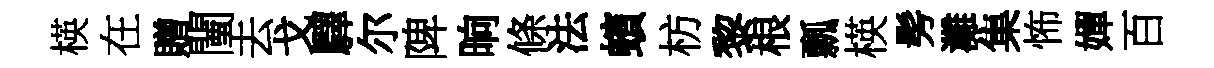
楧在贈闉去戈驛尔陴晌條法蠙枋黎根瓢楧髣灘集怖嬋百